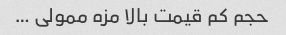
حجم کم قیمت بالا مزه ممولی …